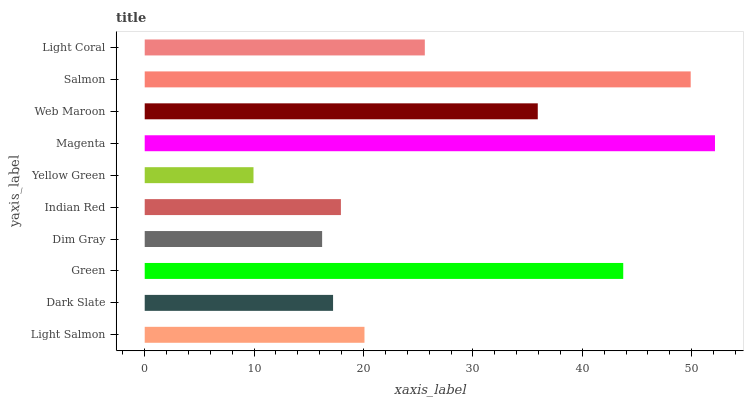
| yaxis_label | bars |
 | --- | --- |
 | Light Salmon | 20.1 |
 | Dark Slate | 17.2 |
 | Green | 43.7 |
 | Dim Gray | 16.2 |
 | Indian Red | 17.9 |
 | Yellow Green | 9.94 |
 | Magenta | 52.1 |
 | Web Maroon | 35.9 |
 | Salmon | 49.9 |
 | Light Coral | 25.6 |